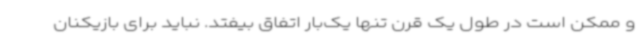
و ممکن است در طول یک قرن تنها یک‌بار اتفاق بیفتد. نباید برای بازیکنان